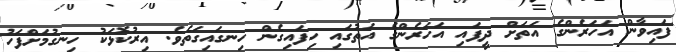
ފައިވާން އަހަރެންގެ އަތަށް ދީފައި އަހަރެންގެ އަތުގައި ހިފައިގެން ހިނގައިގަތެވެ. އިރުކޮޅަކު ހިނގުމަށްފަހު